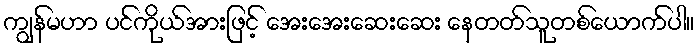
ကျွန်မဟာ ပင်ကိုယ်အားဖြင့် အေးအေးဆေးဆေး နေတတ်သူတစ်ယောက်ပါ။